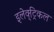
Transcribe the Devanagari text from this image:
इलेक्‍्ट्रिकल